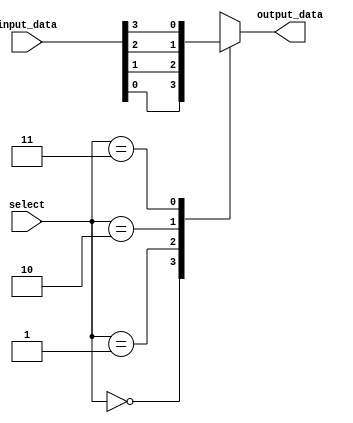
module mux_4to1 (
    input [3:0] input_data,
    input [1:0] select,
    output reg output_data
);

always @ (select or input_data)
begin
    case (select)
        2'b00: output_data = input_data[0];
        2'b01: output_data = input_data[1];
        2'b10: output_data = input_data[2];
        2'b11: output_data = input_data[3];
    endcase
end

endmodule